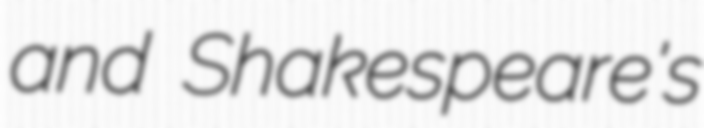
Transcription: and Shakespeare's